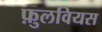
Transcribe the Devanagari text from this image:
फ़ुलवियस